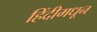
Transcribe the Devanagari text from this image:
हिंदीमधून